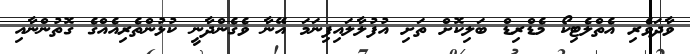
ވާދަވެރި އެތްލެޓިކޯ މެޑްރިޑް ބަލިކޮށް ތަށި އުފުލާލައިފިނަމަ އޭނާ ވެގެންދާނީ ކުޅުންތެރިއެއްގެ ގޮތުންނާއި